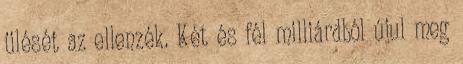
ülését az ellenzék. Két és fél milliárdból újul meg